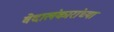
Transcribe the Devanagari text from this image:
वेदालंकारांच्या